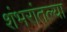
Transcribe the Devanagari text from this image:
शंभरांतल्या